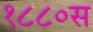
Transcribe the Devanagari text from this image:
१८८०स